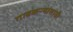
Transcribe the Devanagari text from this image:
गावकऱ्यांसाठी